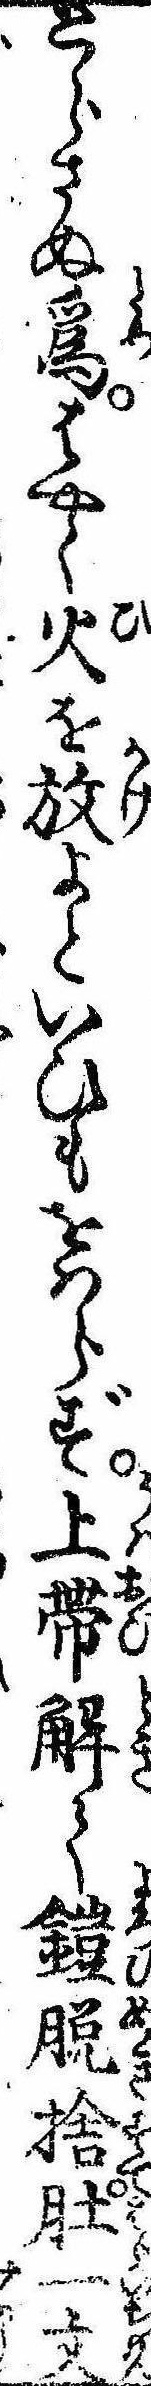
とらさぬ為はやく火を放よといひもをはらず上帯解て鎧脱捨肚一文